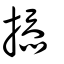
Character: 掭